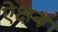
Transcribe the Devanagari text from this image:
ऐक्षन